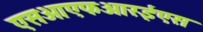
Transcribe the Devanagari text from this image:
एसओएफआरईएस